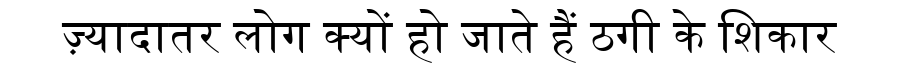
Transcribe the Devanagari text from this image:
ज़्यादातर लोग क्यों हो जाते हैं ठगी के शिकार